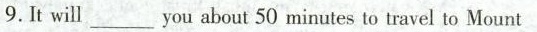
9.It will___you about 50 minutes to travel to Mount